Reports on military cantonments and civil stations in the Presidency of Bombay inspected by the Sanitary Commissioner in the years 1875 and 1876
Year: 1875
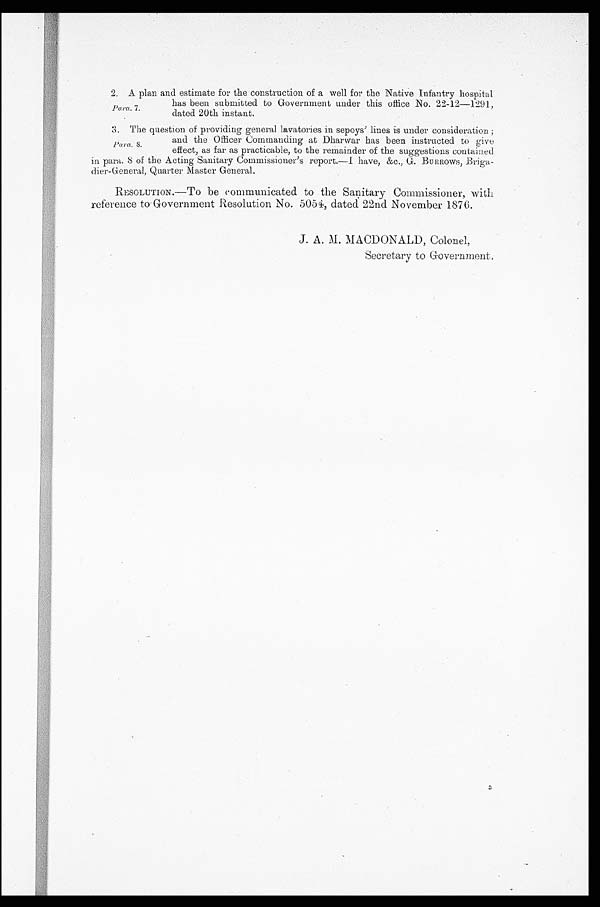
2. A plan and estimate for the construction of a well for the Native Infantry hospital
has been submitted to Government under this office No. 22-12-1291,
Para.7.
dated 20th instant.
3. The question of providing general lavatories in sepoys' lines is under consideration;
and the Officer Commanding at Dharwar has been instructed to give
P a r a . 8 .
effect, as far as practicable, to the remainder of the suggestions contained
in para. 8 of the Acting Sanitary Commissioner's report.-1 have, &c., BU RROWS, Briga-
dier-General, Quarter Master General.
RESOLUTION.—TO be communicated to the Sanitary Commissioner, with
reference to Government Resolution No. 5054, dated 22nd November 1876.
J. A. M. MACDONALD, Colonel,
Secretary to Government.